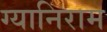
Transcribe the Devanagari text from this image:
ग्यानिराम